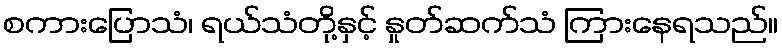
စကားပြောသံ၊ ရယ်သံတို့နှင့် နှုတ်ဆက်သံ ကြားနေရသည်။